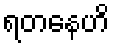
ရတနေဟိ